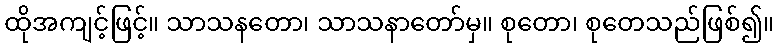
ထိုအကျင့်ဖြင့်။ သာသနတော၊ သာသနာတော်မှ။ စုတော၊ စုတေသည်ဖြစ်၍။